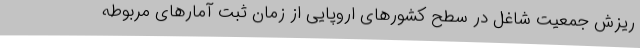
ریزش جمعیت شاغل در سطح کشورهای اروپایی از زمان ثبت آمارهای مربوطه